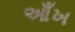
આઁખ